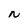
Character: N